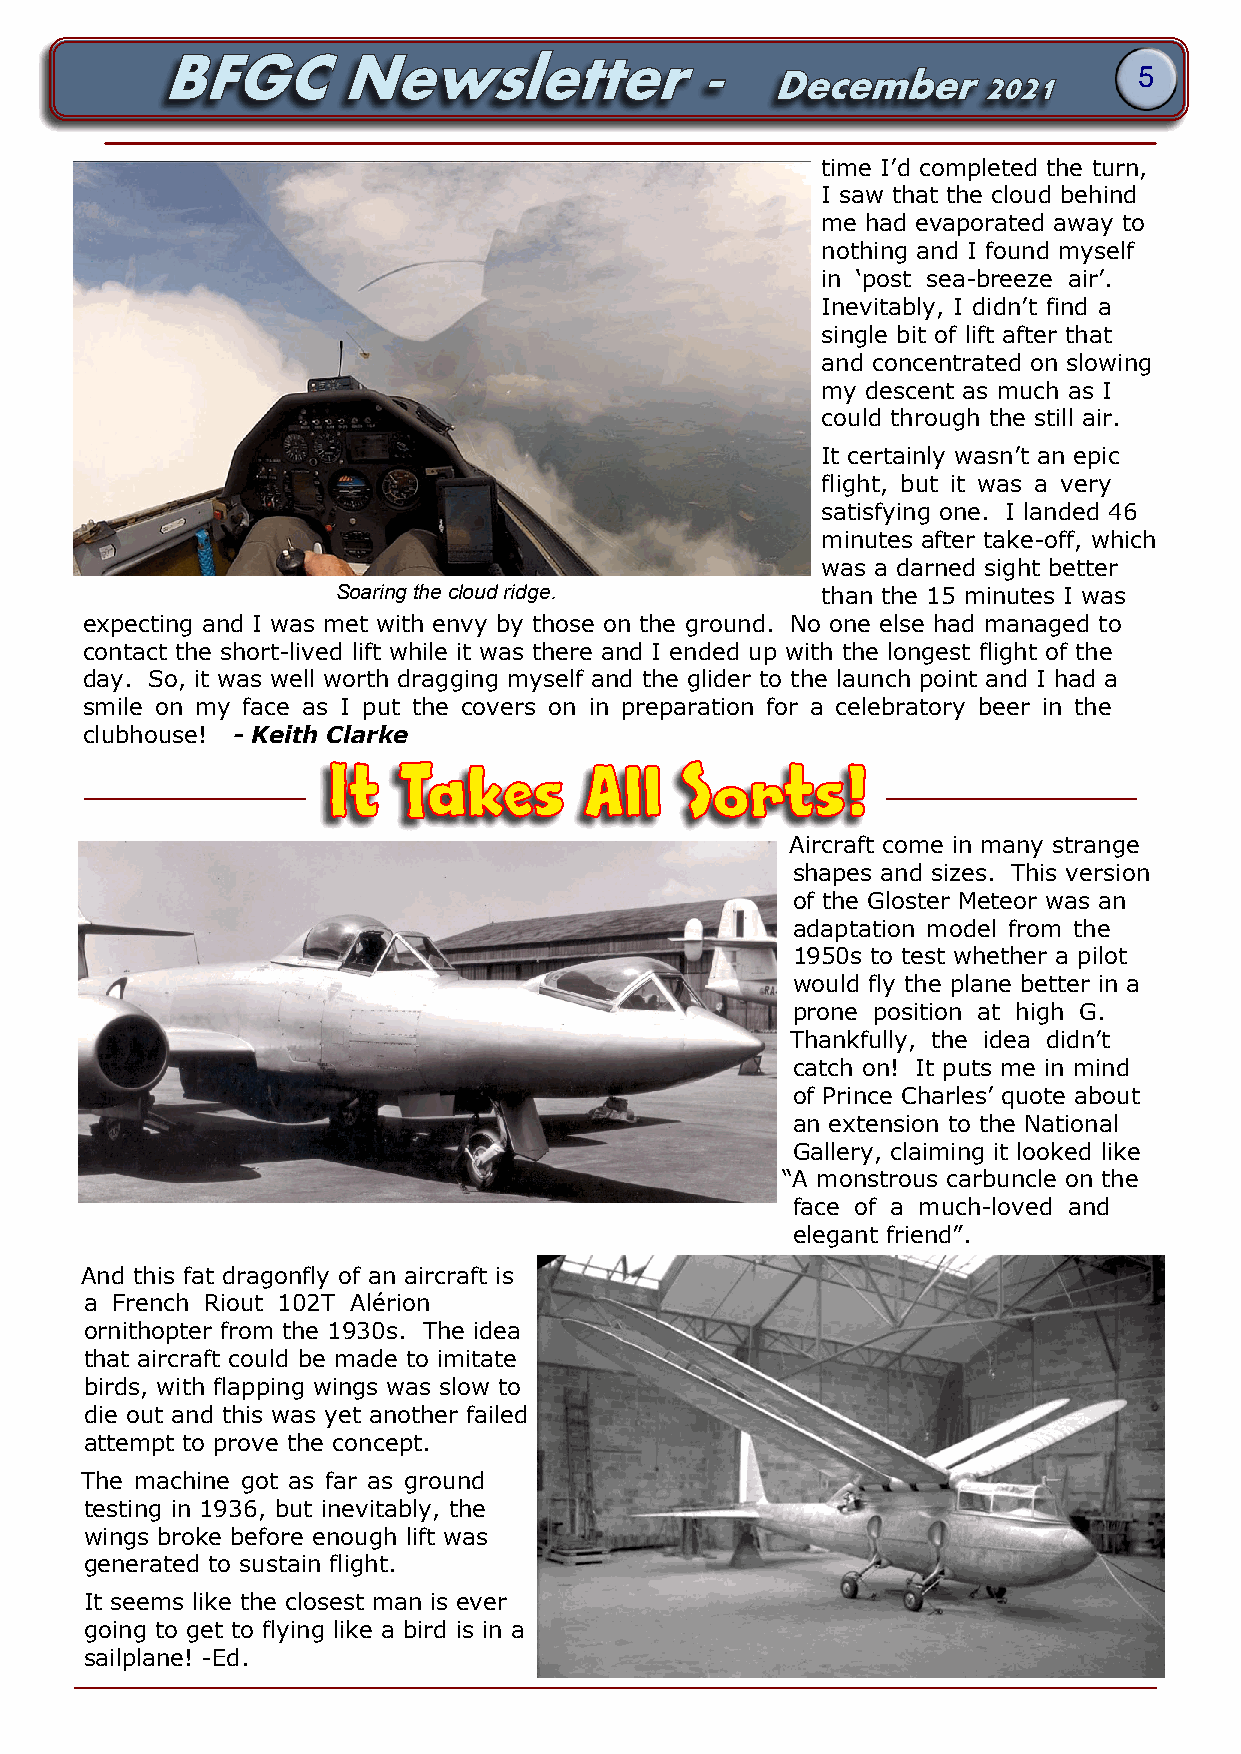
5
 time I’d completed the turn,
 I saw that the cloud behind
 me had evaporated away to
 nothing and I found myself
 in ‘post sea-breeze air’.
 Inevitably, I didn’t find a
 single bit of lift after that
 and concentrated on slowing
 my descent as much as I
 could through the still air.
 It certainly wasn’t an epic
 flight, but it was a very
 satisfying one. I landed 46
 minutes after take-off, which
 was a darned sight better
 Soaring the cloud ridge.        than the 15 minutes I was
 expecting and I was met with envy by those on the ground. No one else had managed to
 contact the short-lived lift while it was there and I ended up with the longest flight of the
 day. So, it was well worth dragging myself and the glider to the launch point and I had a
 smile on my face as I put the covers on in preparation for a celebratory beer in the
 clubhouse! - Keith Clarke
 It  Takes        All   Sorts!
 Aircraft come in many strange
 shapes and sizes. This version
 of the Gloster Meteor was an
 adaptation model from the
 1950s to test whether a pilot
 would fly the plane better in a
 prone position at high G.
 Thankfully, the idea didn’t
 catch on! It puts me in mind
 of Prince Charles’ quote about
 an extension to the National
 Gallery, claiming it looked like
 “A monstrous carbuncle on the
 face of a much-loved and
 elegant friend”.
 And this fat dragonfly of an aircraft is
 a French Riout 102T Alérion
 ornithopter from the 1930s. The idea
 that aircraft could be made to imitate
 birds, with flapping wings was slow to
 die out and this was yet another failed
 attempt to prove the concept.
 The machine got as far as ground
 testing in 1936, but inevitably, the
 wings broke before enough lift was
 generated to sustain flight.
 It seems like the closest man is ever
 going to get to flying like a bird is in a
 sailplane! -Ed.